Code of medical and sanitary regulations for the guidance of medical officers serving in the Madras Presidency - Volume II
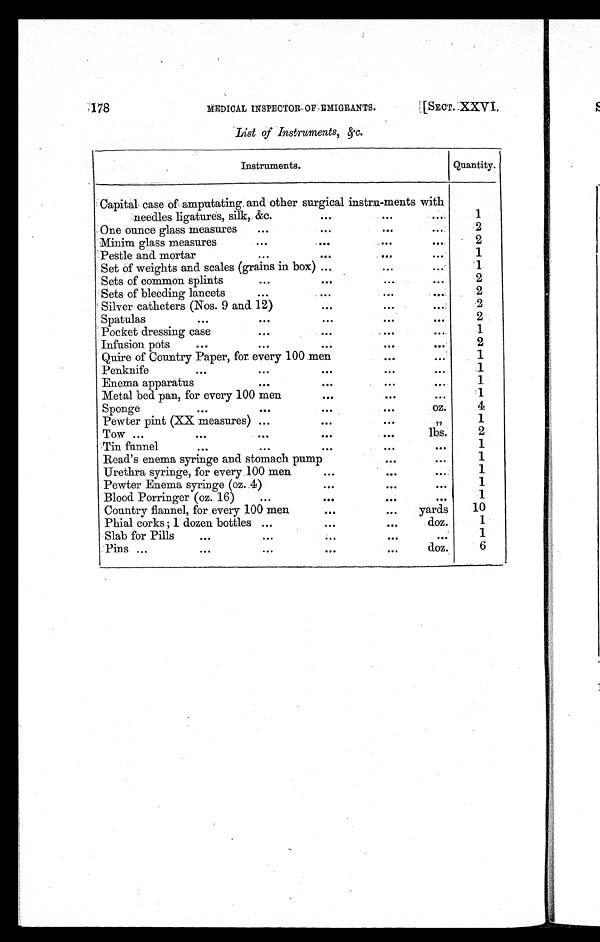
178
MEDICAL INSPECTOR OF.EMIGRANTS.
[SECT. XXVI.
List of Instruments, &c.
Instruments.
Quantity.
Capital case of amputating and other surgical instru-ments with
needles ligatures, silk, &c.
. . .
. . .
...
1
One ounce glass measures
...
. . .
. . .
...
2
Minim glass measures
...
...
...
. . .
2
Pestle and mortar
...
. . .
. . .
. . .
1
Set of weights and scales (grains in box) ...
. . .
. . .
1
Sets of common splints
. . .
. . .
...
. . .
2
Sets of bleeding lancets
. . .
. . .
. . .
. . .
2
Silver catheters (Nos. 9 and 12)
. . .
. . .
...
2
Spatulas
. . .
. . .
. . .
. . .
...
2
Pocket dressing case
. . .
. . .
. . .
. . .
1
Infusion pots
. . .
. . .
. . .
. . .
. . .
2
Quire of Country Paper, for every 100 men
...
...
1
Penknife
...
. . .
...
. . .
. . .
1
Enema apparatus
. . .
...
. . .
. . .
1
Metal bed pan, for every 100 men
. . .
...
. . .
1
Sponge
. . .
. . .
. . .
. . .
oz.
4
Pewter pint (XX measures) ...
...
. . .
„1
Tow ...
. . .
. . .
. . .
. . .
lbs.
2
Tin funnel
. . .
. . .
. . .
. . .
. . .
1
Read's enema syringe and stomach pump
...
...
1
Urethra syringe, for every 100 men
. . .
...
. . .
1
Pewter Enema syringe (oz. 4)
. . .
. . .
. . .
1
Blood Porringer (oz. 16)
. . .
. . .
. . .
. . .
1
Country flannel, for every 100 men
...
...
yards
10
Phial corks; 1 dozen bottles ...
. . .
. . .
doz.
1
Slab for Pills
. . .
. . .
...
. . .
. . .
1
Pins ...
. . .
. . .
. . .
. . .
doz.
6